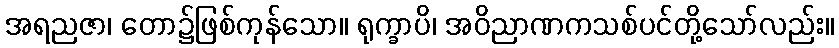
အရညဇာ၊ တော၌ဖြစ်ကုန်သော။ ရုက္ခာပိ၊ အဝိညာဏကသစ်ပင်တို့သော်လည်း။